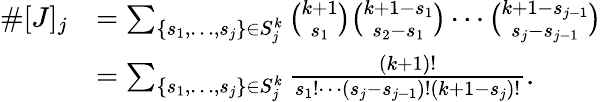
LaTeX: \begin{array}{rl}{\# [J]_{j}}&{=\sum_{\{ s_{1},\ldots,s_{j}\} \in S_{j}^{k}}{\binom{k+1}{s_{1}}}{\binom{k+1-s_{1}}{s_{2}-s_{1}}}\cdots{\binom{k+1-s_{j-1}}{s_{j}-s_{j-1}}}}\\ &{=\sum_{\{ s_{1},\ldots,s_{j}\} \in S_{j}^{k}}\frac{(k+1)!}{s_{1}!\cdots(s_{j}-s_{j-1})!(k+1-s_{j})!}.}\end{array}